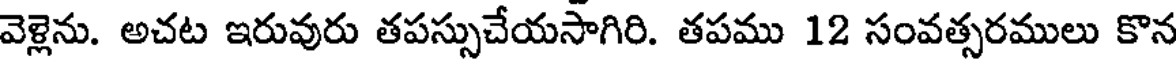
వెళ్లెను. అచట ఇరువురు తపస్సుచేయసాగిరి. తపము 12 సంవత్సరములు కొన